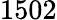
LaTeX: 1502